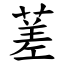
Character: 蒫